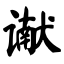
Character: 谳